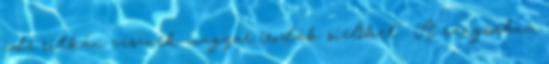
ide ritkán visznek magyar irodák síelőket . A rangsorban